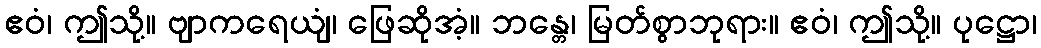
ဧဝံ၊ ဤသို့။ ဗျာကရေယျံ၊ ဖြေဆိုအံ့။ ဘန္တေ၊ မြတ်စွာဘုရား။ ဧဝံ၊ ဤသို့။ ပုဋ္ဌော၊